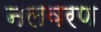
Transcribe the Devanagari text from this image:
नलवरण